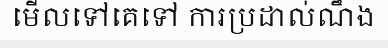
មើលទៅគេទៅ ការប្រដាល់ណឹង